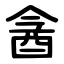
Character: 酓